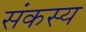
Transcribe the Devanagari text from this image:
संकस्य